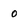
Character: o